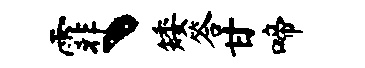
霏丶矮答甘啼